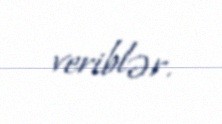
veriblər.